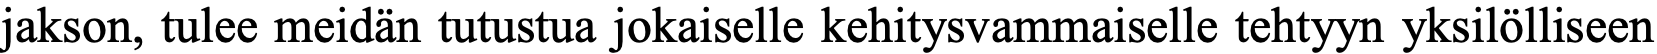
jakson, tulee meidän tutustua jokaiselle kehitysvammaiselle tehtyyn yksilölliseen